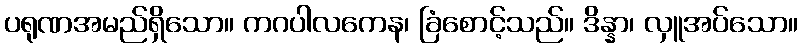
ပရုဏအမည်ရှိသော။ ကဂပါလကေန၊ ခြံစောင့်သည်။ ဒိန္နာ၊ လှူအပ်သော။